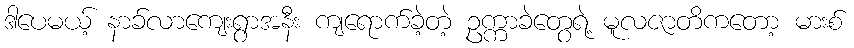
ဒါပေမယ့် နာခ်လာကျေးရွာအနီး ကျရောက်ခဲ့တဲ့ ဥက္ကာခဲတွေရဲ့ မူလဇာတိကတော့ မားစ်